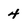
Character: 4